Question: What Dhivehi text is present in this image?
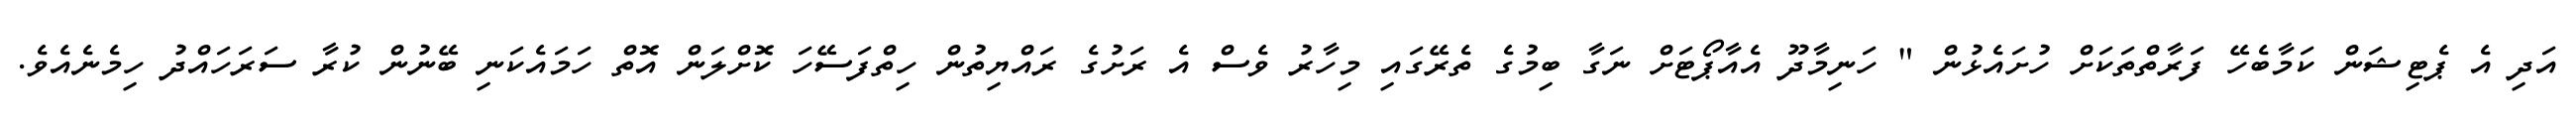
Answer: އަދި އެ ޕެޓިޝަން ކަމާބެހޭ ފަރާތްތަކަށް ހުށައެޅުން " ހަނިމާދޫ އެއާޕޯޓަށް ނަގާ ބިމުގެ ތެރޭގައި މިހާރު ވެސް އެ ރަށުގެ ރައްޔިތުން ހިތްފަސޭހަ ކޮށްލަން އޮތް ހަމައެކަނި ބޭނުން ކުރާ ސަރަހައްދު ހިމެނެއެވެ.